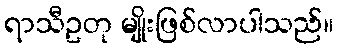
ရာသီဥတု မျိုးဖြစ်လာပါသည်။